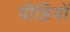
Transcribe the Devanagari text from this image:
पीड़ियों